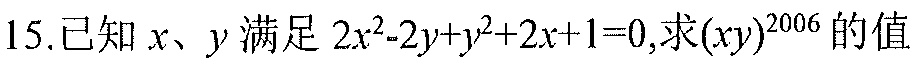
15.已知 \(x、y\) 满足 \(2x^{2}-2y + y^{2}+2x + 1 = 0\)，求\((xy)^{2006}\) 的值